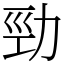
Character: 勁